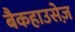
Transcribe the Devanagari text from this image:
बैकहाउसेज़